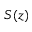
S ( z )